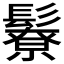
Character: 𩯊